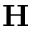
\textbf { H }